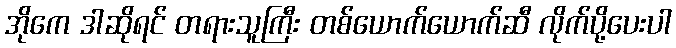
အိုကေ ဒါဆိုရင် တရားသူကြီး တစ်ယောက်ယောက်ဆီ လိုက်ပို့ပေးပါ